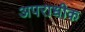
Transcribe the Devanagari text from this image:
अपराधीक